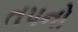
તપનો